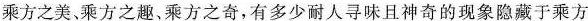
乘方之美、乘方之趣、乘方之奇，有多少耐人寻味且神奇的现象隐藏于乘方